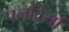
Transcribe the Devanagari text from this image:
पलटियां